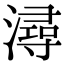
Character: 潯